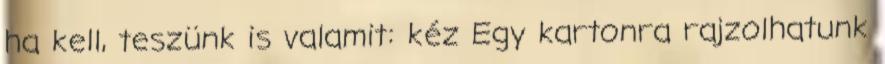
ha kell, teszünk is valamit: kéz Egy kartonra rajzolhatunk